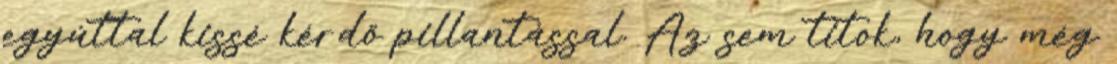
egyúttal kissé kérdő pillantással. Az sem titok, hogy még